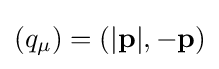
(q_{\mu })=(|\mathbf {p} |,-\mathbf {p} )